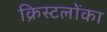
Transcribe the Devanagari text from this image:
क्रिस्टलोंका